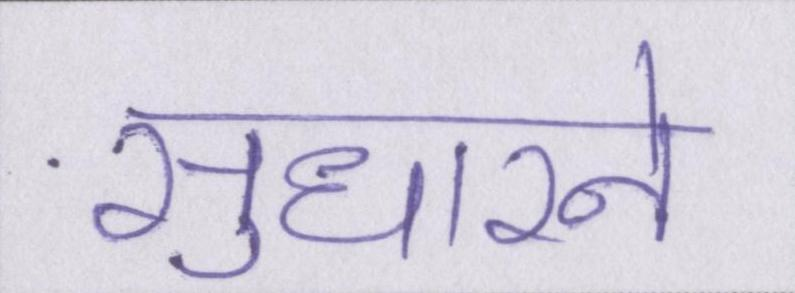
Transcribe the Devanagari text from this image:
सुधारने